Sanitation, dispensaries and jails vaccination Rajputana 1922-1927 - 1922-1927
Year: 1922
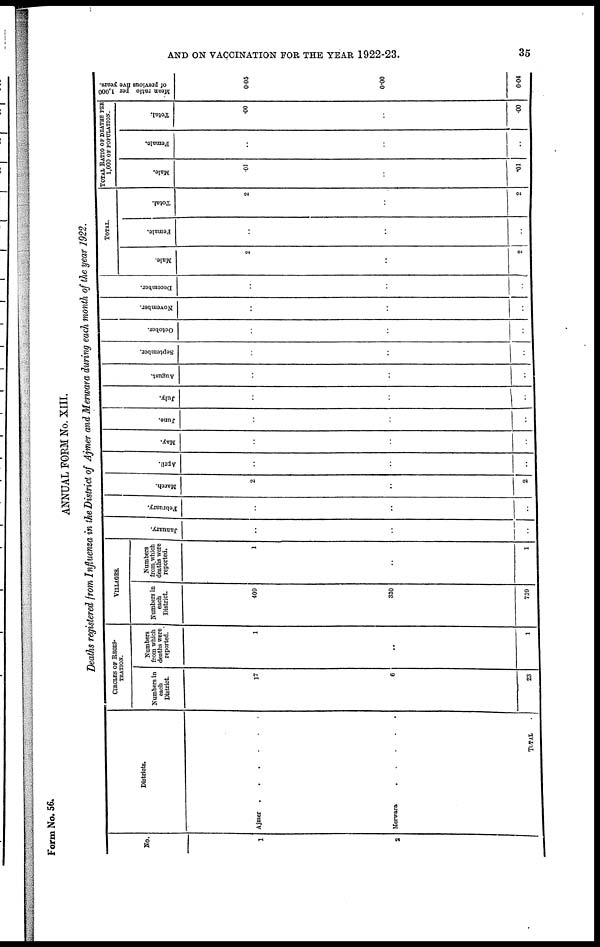
AND ON VACCINATION FOR THE YEAR 1922-23.
35
Form No. 56.
ANNUAL FORM No. XIII.
Deaths registered from Influenza in the District of Ajmer and Merwara during each month of the year 1922.
No.
1
2
Districts.
Ajmer
.
.
.
.
.
.
.
Merwara . . . . .
TOTAL .
CIRCLES OF REGIS-
-------.
Numbers in
each
District.
17
6
23
Numbers
from which
deaths were
reported.
1
..
1
VILLAGES.
Numbers in
each
District.
409
330
739
Numbers
from which
deaths were
reported.
1
..
1
January.
..
..
..
February.
..
..
..
March.
2
..
2
April.
..
..
..
May.
..
..
..
June.
..
..
..
July.
..
..
..
August.
..
..
..
September.
..
..
..
October.
..
..
..
November.
..
..
..
December.
..
..
..
TOTAL.
Male.
2
..
2
Female.
..
..
..
Total.
2
..
2
TOTAL RATIO OF DEATHS PER
1,000 OF POPULATION.
Male.
.01
..
.01
Female.
..
..
..
Total.
.00
..
.00
Mean ratio per 1,000
of previous five years.
0.05
0.00
0.04